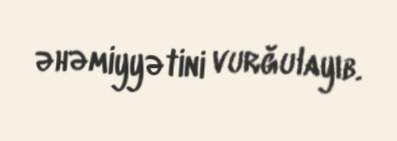
əhəmiyyətini vurğulayıb.